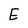
Character: E